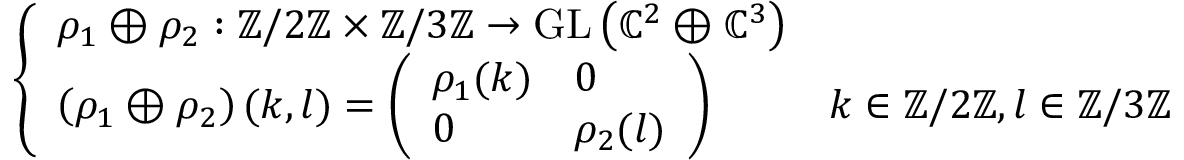
\left\{ \begin{array} { l l } { \rho _ { 1 } \oplus \rho _ { 2 } : \mathbb { Z } / 2 \mathbb { Z } \times \mathbb { Z } / 3 \mathbb { Z } \to { \mathrm { G L } } \left( \mathbb { C } ^ { 2 } \oplus \mathbb { C } ^ { 3 } \right) } \\ { \left( \rho _ { 1 } \oplus \rho _ { 2 } \right) ( k , l ) = { \left( \begin{array} { l l } { \rho _ { 1 } ( k ) } & { 0 } \\ { 0 } & { \rho _ { 2 } ( l ) } \end{array} \right) } } & { k \in \mathbb { Z } / 2 \mathbb { Z } , l \in \mathbb { Z } / 3 \mathbb { Z } } \end{array} \right.